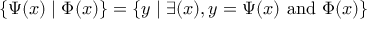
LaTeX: \{ \Psi ( x ) \mid \Phi ( x ) \} = \{ y \mid \exists ( x ) , y = \Psi ( x ) { \mathrm { ~ a n d ~ } } \Phi ( x ) \}